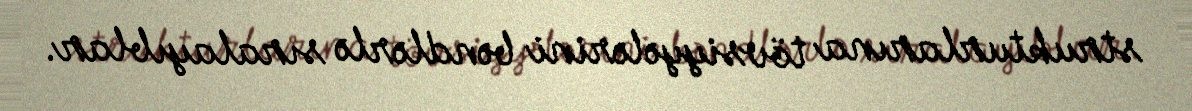
strukturlarına tövsiyyələrini bəndlərlə sıralayıblar.